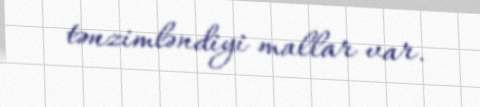
tənzimləndiyi mallar var.